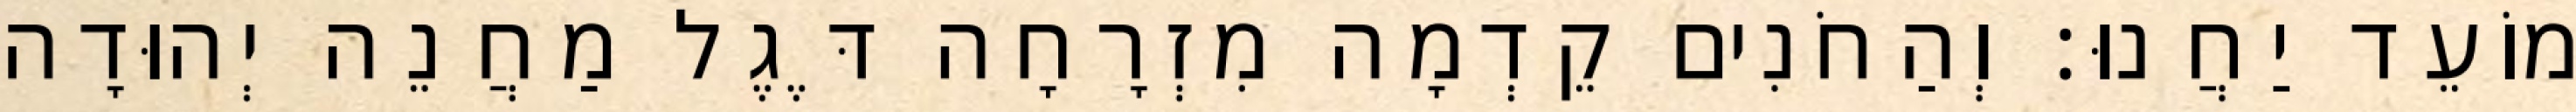
מוֹעֵד יַחֲנוּ׃ וְהַחֹנִים קֵדְמָה מִזְרָחָה דֶּגֶל מַחֲנֵה יְהוּדָה